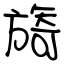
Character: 旖